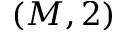
( M , 2 )